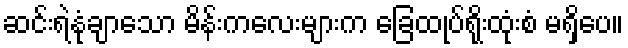
ဆင်းရဲနုံချာသော မိန်းကလေးများက ခြေထုပ်ရိုးထုံးစံ မရှိပေ။